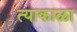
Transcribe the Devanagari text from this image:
त्याकाळा